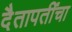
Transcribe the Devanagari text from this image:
दैतापतींचा